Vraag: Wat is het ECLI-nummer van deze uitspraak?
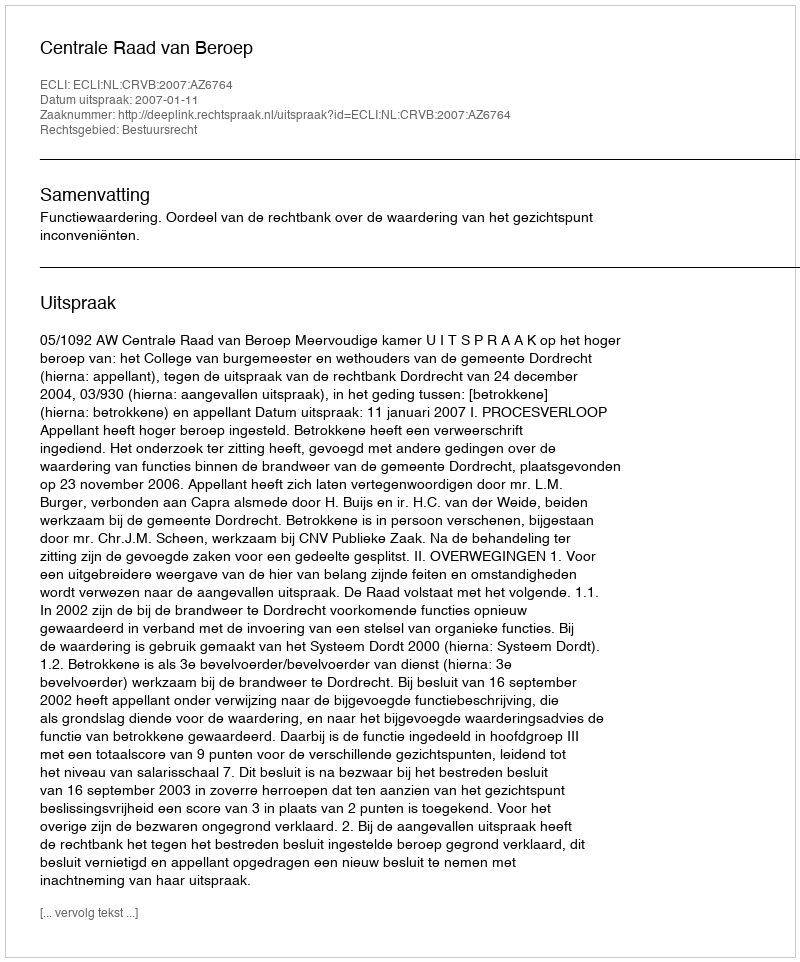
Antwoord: ECLI:NL:CRVB:2007:AZ6764